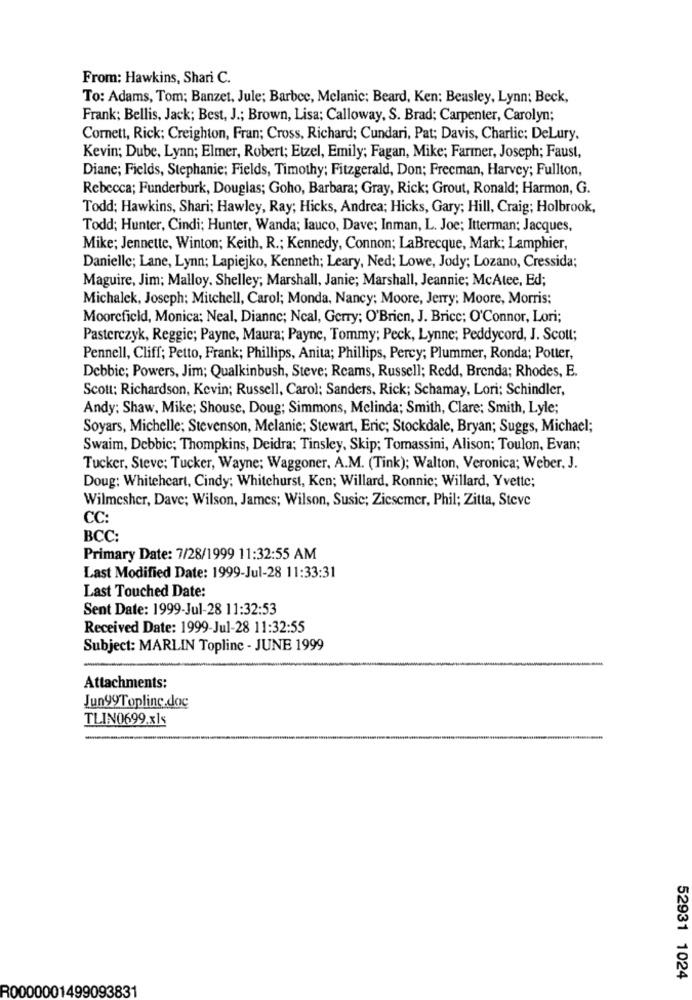
From: Hawkins, Shari C.
To: Adams, Tom; Banzet, Jule; Barbec, Melanic; Beard, Ken; Beasley, Lynn: Beck,
Frank; Bellis, Jack; Best, J .; Brown, Lisa; Calloway, S. Brad; Carpenter, Carolyn;
Cornett, Rick; Creighton, Fran; Cross, Richard; Cundari, Pat; Davis, Charlie; DeLury,
Kevin; Dube, Lynn; Elmer, Robert; Etzel, Emily; Fagan, Mike; Farmer, Joseph; Faust,
Diane; Fields, Stephanie; Fields, Timothy; Fitzgerald, Don; Frecman, Harvey; Fullton,
Rebecca; Funderburk, Douglas; Goho, Barbara; Gray, Rick; Grout, Ronald; Harmon, G.
Todd: Hawkins, Shari; Hawley, Ray; Hicks, Andrea; Hicks, Gary; Hill, Craig; Holbrook,
Todd; Hunter, Cindi; Hunter, Wanda; Iauco, Dave; Inman, L. Joe; Itterman; Jacques,
Mike; Jennette, Winton; Keith, R .; Kennedy, Connon; LaBrecque, Mark; Lamphier,
Danielle; Lane, Lynn; Lapiejko, Kenneth; Leary, Ned; Lowe, Jody; Lozano, Cressida;
Maguire, Jim; Malloy. Shelley; Marshall, Janie; Marshall, Jeannie; McAtee, Ed;
Michalek, Joseph; Mitchell, Carol; Monda, Nancy; Moore, Jerry; Moore, Morris:
Moorefield, Monica; Neal, Dianne; Ncal, Gerry; O'Brien, J. Brice: O'Connor, Lori;
Pasterczyk, Reggic; Payne, Maura; Payne, Tommy; Peck, Lynne; Peddycord, J. Scott;
Pennell, Cliff; Petto, Frank; Phillips, Anita; Phillips, Percy; Plummer, Ronda; Potter,
Debbie; Powers, Jim; Qualkinbush, Steve; Reams, Russell; Redd, Brenda; Rhodes, E.
Scott: Richardson, Kevin; Russell, Carol; Sanders, Rick; Schamay, Lori; Schindler,
Andy: Shaw, Mike; Shouse, Doug; Simmons, Melinda; Smith, Clare; Smith, Lyle;
Soyars, Michelle; Stevenson, Melanie; Stewart, Eric; Stockdale, Bryan; Suggs, Michael;
Swaim, Debbic; Thompkins, Deidra; Tinsley, Skip; Tomassini, Alison; Toulon, Evan;
Tucker, Steve: Tucker, Wayne; Waggoner, A.M. (Tink); Walton, Veronica; Weber, J.
Doug: Whitehcart, Cindy; Whitehurst, Ken; Willard, Ronnic; Willard, Yvette;
Wilmesher, Dave; Wilson, James; Wilson, Susic; Ziesemer, Phil; Zitta, Steve
CC:
BCC:
Primary Date: 7/28/1999 11:32:55 AM
Last Modified Date: 1999-Jul-28 11:33:31
Last Touched Date:
Sent Date: 1999-Jul-28 11:32:53
Received Date: 1999-Jul-28 11:32:55
Subject: MARLIN Topline - JUNE 1999
Attachments:
Jun99Topline.doc
TLIN0699.xls
52931 1024
R0000001499093831